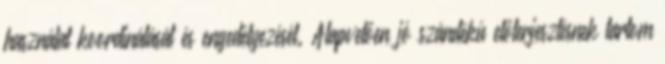
használat koordinálását és engedélyezését. Alapvetően jó szándékú előterjesztésnek tartom